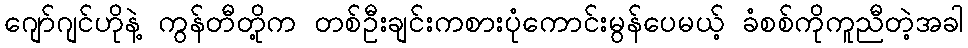
ဂျော်ဂျင်ဟိုနဲ့ ကွန်တီတို့က တစ်ဦးချင်းကစားပုံကောင်းမွန်ပေမယ့် ခံစစ်ကိုကူညီတဲ့အခါ